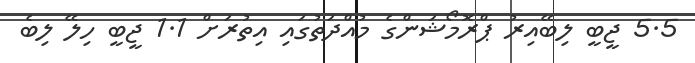
5.5 ޖީބީ ލިބޭއިރު ޕްރޮމޯޝަންގެ މުއްދަތުގައި އިތުރަށް 1.1 ޖީބީ ހިލޭ ލިބެ